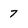
Character: 7